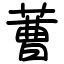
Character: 蓸